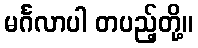
မင်္ဂလာပါ တပည့်တို့။